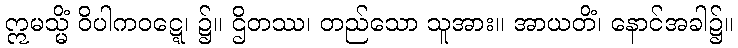
ဣမသ္မိံ ဝိပါကဝဋ္ဋေ၊ ၌။ ဌိတဿ၊ တည်သော သူအား။ အာယတိံ၊ နောင်အခါ၌။